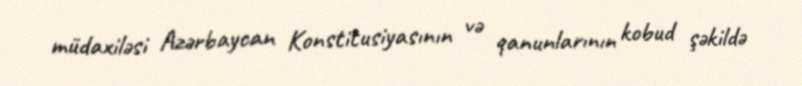
müdaxiləsi Azərbaycan Konstitusiyasının və qanunlarının kobud şəkildə